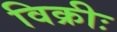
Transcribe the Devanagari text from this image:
विक्रीः